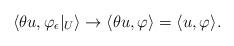
LaTeX: \begin{align*}\langle \theta u, \varphi_\epsilon|_{U} \rangle \to \langle \theta u, \varphi \rangle =\langle u, \varphi \rangle.\end{align*}